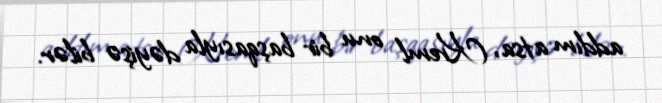
addım atsa, Kreml onu bir başqasıyla dəyişə bilər.